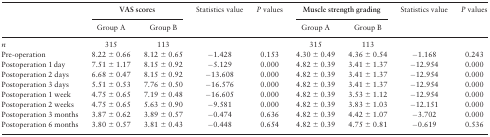
<table><thead><tr><td rowspan="2"></td><td colspan="2"><b>VAS scores</b></td><td rowspan="2"><b>Statistics value</b></td><td rowspan="2"><b><i>P</i> values</b></td><td colspan="2"><b>Muscle strength grading</b></td><td rowspan="2"><b>Statistics value</b></td><td rowspan="2"><b><i>P</i> values</b></td></tr><tr><td><b>Group A</b></td><td><b>Group B</b></td><td><b>Group A</b></td><td><b>Group B</b></td></tr></thead><tbody><tr><td><i>n</i></td><td>315</td><td>113</td><td></td><td></td><td>315</td><td>113</td><td></td><td></td></tr><tr><td>Pre-operation</td><td>8.22 ± 0.66</td><td>8.12 ± 0.65</td><td>−1.428</td><td>0.153</td><td>4.30 ± 0.49</td><td>4.36 ± 0.54</td><td>−1.168</td><td>0.243</td></tr><tr><td>Postoperation 1 day</td><td>7.51 ± 1.17</td><td>8.15 ± 0.92</td><td>−5.129</td><td>0.000</td><td>4.82 ± 0.39</td><td>3.41 ± 1.37</td><td>−12.954</td><td>0.000</td></tr><tr><td>Postoperation 2 days</td><td>6.68 ± 0.47</td><td>8.15 ± 0.92</td><td>−13.608</td><td>0.000</td><td>4.82 ± 0.39</td><td>3.41 ± 1.37</td><td>−12.954</td><td>0.000</td></tr><tr><td>Postoperation 3 days</td><td>5.51 ± 0.53</td><td>7.76 ± 0.50</td><td>−16.576</td><td>0.000</td><td>4.82 ± 0.39</td><td>3.41 ± 1.37</td><td>−12.954</td><td>0.000</td></tr><tr><td>Postoperation 1 week</td><td>4.75 ± 0.65</td><td>7.19 ± 0.48</td><td>−16.605</td><td>0.000</td><td>4.82 ± 0.39</td><td>3.53 ± 1.12</td><td>−12.954</td><td>0.000</td></tr><tr><td>Postoperation 2 weeks</td><td>4.75 ± 0.65</td><td>5.63 ± 0.90</td><td>−9.581</td><td>0.000</td><td>4.82 ± 0.39</td><td>3.83 ± 1.03</td><td>−12.151</td><td>0.000</td></tr><tr><td>Postoperation 3 months</td><td>3.87 ± 0.62</td><td>3.89 ± 0.57</td><td>−0.474</td><td>0.636</td><td>4.82 ± 0.39</td><td>4.42 ± 1.07</td><td>−3.702</td><td>0.000</td></tr><tr><td>Postoperation 6 months</td><td>3.80 ± 0.57</td><td>3.81 ± 0.43</td><td>−0.448</td><td>0.654</td><td>4.82 ± 0.39</td><td>4.75 ± 0.81</td><td>−0.619</td><td>0.536</td></tr></tbody></table>